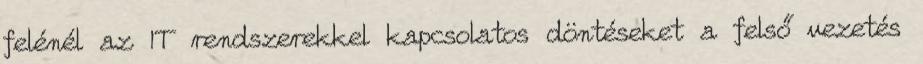
felénél az IT rendszerekkel kapcsolatos döntéseket a felső vezetés